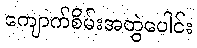
ကျောက်စိမ်းအတွဲပေါင်း